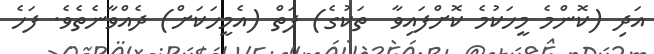
އަދި (ކޮންމެ މީހަކުމެ ކޮށްފައިވާ  ތަކުގެ) ފަތް (އެމީހަކަށް) ދެއްވާނެތެވެ. ފަހެ